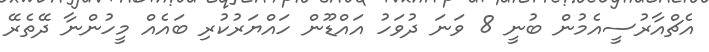
އެޗްއާރުސީއެމުން ބުނީ 8 ވަނަ ދުވަހު އައްޑޫން ހައްޔަރުކުރި ބައެއް މީހުންނާ ދޭތެރޭ